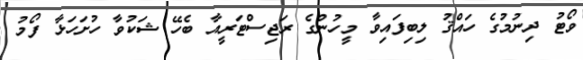
ވޯޓު ދިނުމުގެ ހައްޤު ލިބިފައިވާ މީހުންގެ ރަޖިސްޓަރީއާ ބެހޭ ޝަކުވާ ހުށަހަޅާ ފޯމު